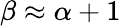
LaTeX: \beta\approx\alpha+1